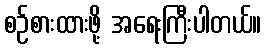
စဉ်စားထားဖို့ အရေးကြီးပါတယ်။